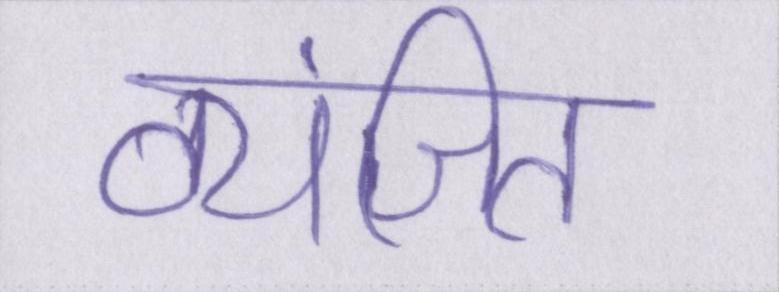
व्यंजित